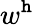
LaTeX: w^{\mathtt{h}}